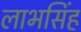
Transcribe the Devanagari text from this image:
लाभसिंह